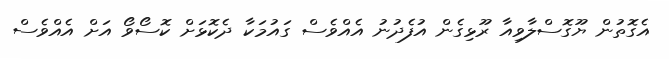
އެގޮތުން ޔޫގޮސްލާވިއާ ރޫޅިގެން އުފެދުނު އެއްވެސް ގައުމަކާ ދެކޮޅަށް ކޮސޯވޯ އަށް އެއްވެސް